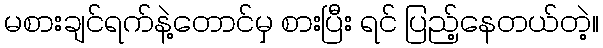
မစားချင်ရက်နဲ့တောင်မှ စားပြီး ရင် ပြည့်နေတယ်တဲ့။